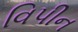
વિપીન